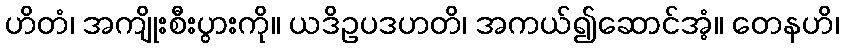
ဟိတံ၊ အကျိုးစီးပွားကို။ ယဒိဥပဒဟတိ၊ အကယ်၍ဆောင်အံ့။ တေနဟိ၊